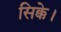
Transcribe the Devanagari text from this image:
सिक्के।